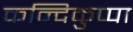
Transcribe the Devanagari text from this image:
कन्दिकुप्पा